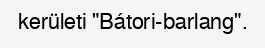
kerületi "Bátori-barlang".